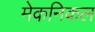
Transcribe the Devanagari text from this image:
मेकनिकल